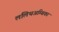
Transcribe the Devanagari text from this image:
ललिथअम्बिका